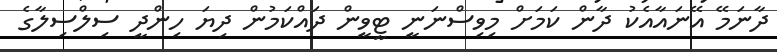
ދާނަމޭ އޭނައާއެކު ދާން ކަމަށް މިވިސްނަނީ ޓީވީން ދައްކަމުން ދިޔަ ހިންދީ ސިލްސިލާގެ